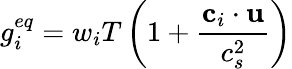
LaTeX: g_{i}^{eq}=w_{i}T\left(1+\frac{\textbf{c}_{i}\cdot\textbf{u}}{c_{s}^{2}}\right)